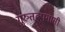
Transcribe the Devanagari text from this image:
गुरुतल्पगासी